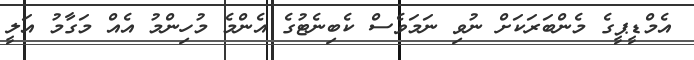
އެމްޑީޕީގެ މެންބަރަކަށް ނުވި ނަމަވެސް ކެބިނެޓުގެ އެންމެ މުހިންމު އެއް މަގާމު އަލީ